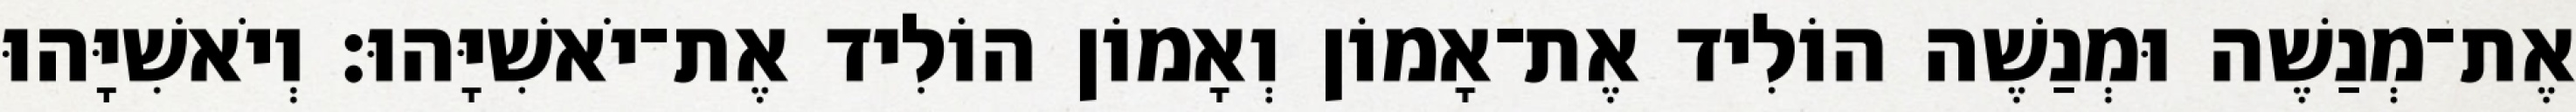
אֶת־מְנַשֶׁה וּמְנַשֶׁה הוֹלִיד אֶת־אָמוֹן וְאָמוֹן הוֹלִיד אֶת־יֹאשִׁיָּהוּ׃ וְיֹאשִׁיָּהוּ